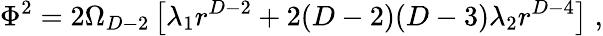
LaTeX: \Phi^{2}=2\Omega_{D-2}\left[\lambda_{1}r^{D-2}+2(D-2)(D-3)\lambda_{2}r^{D-4}\right]\; ,